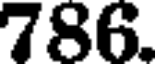
786.